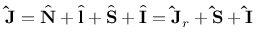
\mathbf { \hat { J } } = \hat { \mathbf { N } } + \hat { \mathbf { l } } + \hat { \mathbf { S } } + \hat { \mathbf { I } } = \mathbf { \hat { J } } _ { r } + \mathbf { \hat { S } } + \mathbf { \hat { I } }